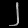
Digit: ၂